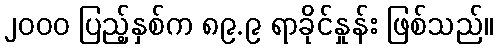
၂၀၀၀ ပြည့်နှစ်က ၈၉.၉ ရာခိုင်နှုန်း ဖြစ်သည်။